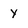
Character: y